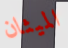
الميثان